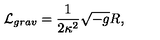
{ \cal L } _ { g r a v } = \frac 1 { 2 \kappa ^ { 2 } } \sqrt { - g } R ,